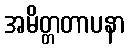
အမိတ္တတာပနာ